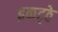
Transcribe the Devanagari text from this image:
इकट्‍ठे